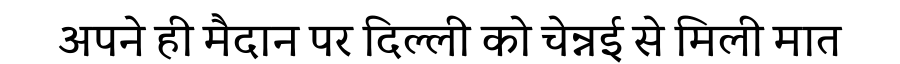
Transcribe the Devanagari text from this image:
अपने ही मैदान पर दिल्ली को चेन्नई से मिली मात